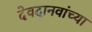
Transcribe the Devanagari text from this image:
देवदानवांच्या